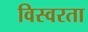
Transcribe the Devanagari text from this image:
विस्वरता